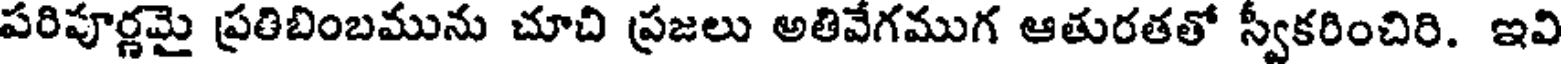
పరిపూర్ణమై ప్రతిబింబమును చూచి ప్రజలు అతివేగముగ ఆతురతతో స్వీకరించిరి. ఇవి